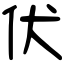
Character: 伏